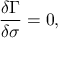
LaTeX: \frac { \delta \Gamma } { \delta \sigma } = 0 ,